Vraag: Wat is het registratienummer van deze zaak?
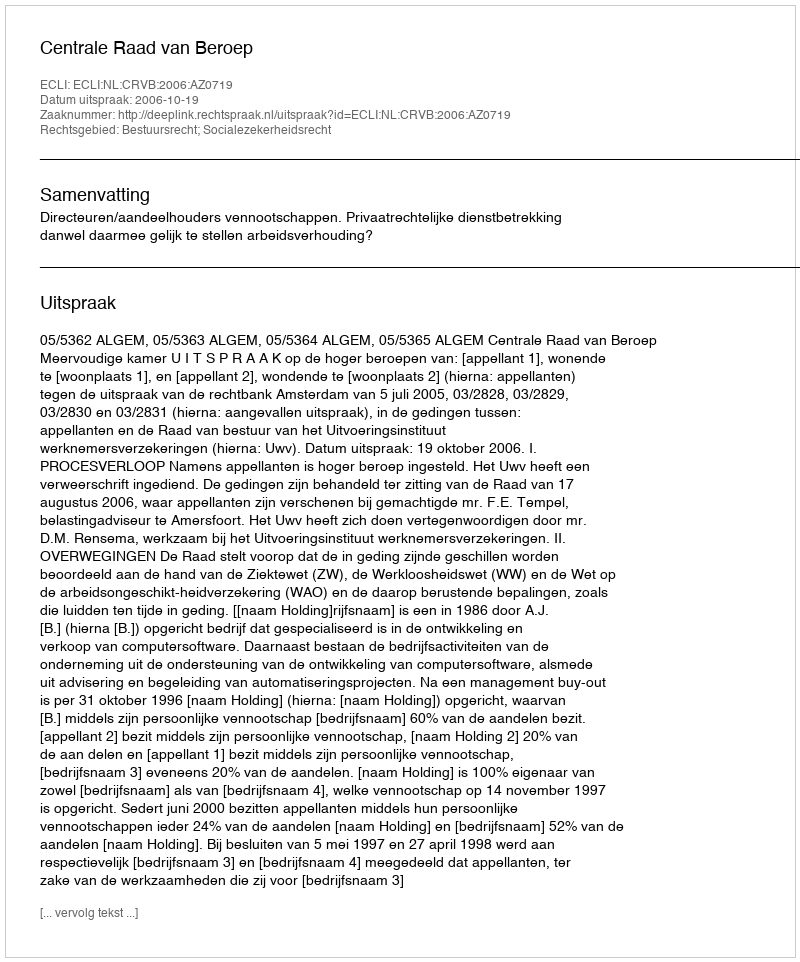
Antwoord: http://deeplink.rechtspraak.nl/uitspraak?id=ECLI:NL:CRVB:2006:AZ0719